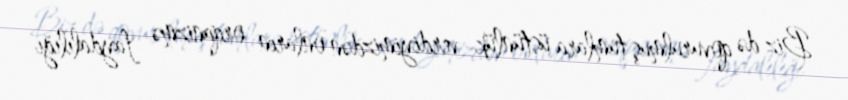
Biz də qovurulmuş tumlara üstünlük verdiyimizdən onların orqanizmə faydalılığı